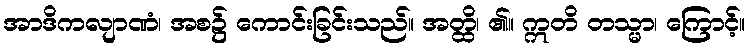
အာဒိကလျာဏံ၊ အစ၌ ကောင်းခြင်းသည်။ အတ္ထိ၊ ၏။ ဣတိ တသ္မာ၊ ကြောင့်။